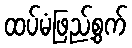
ထပ်မံဖြည့်စွက်